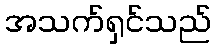
အသက်ရှင်သည်